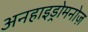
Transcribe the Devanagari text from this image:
अनहाइड्रोमनोज़